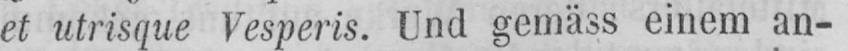
et utrisque Vesperis. Und gemäss einem an-